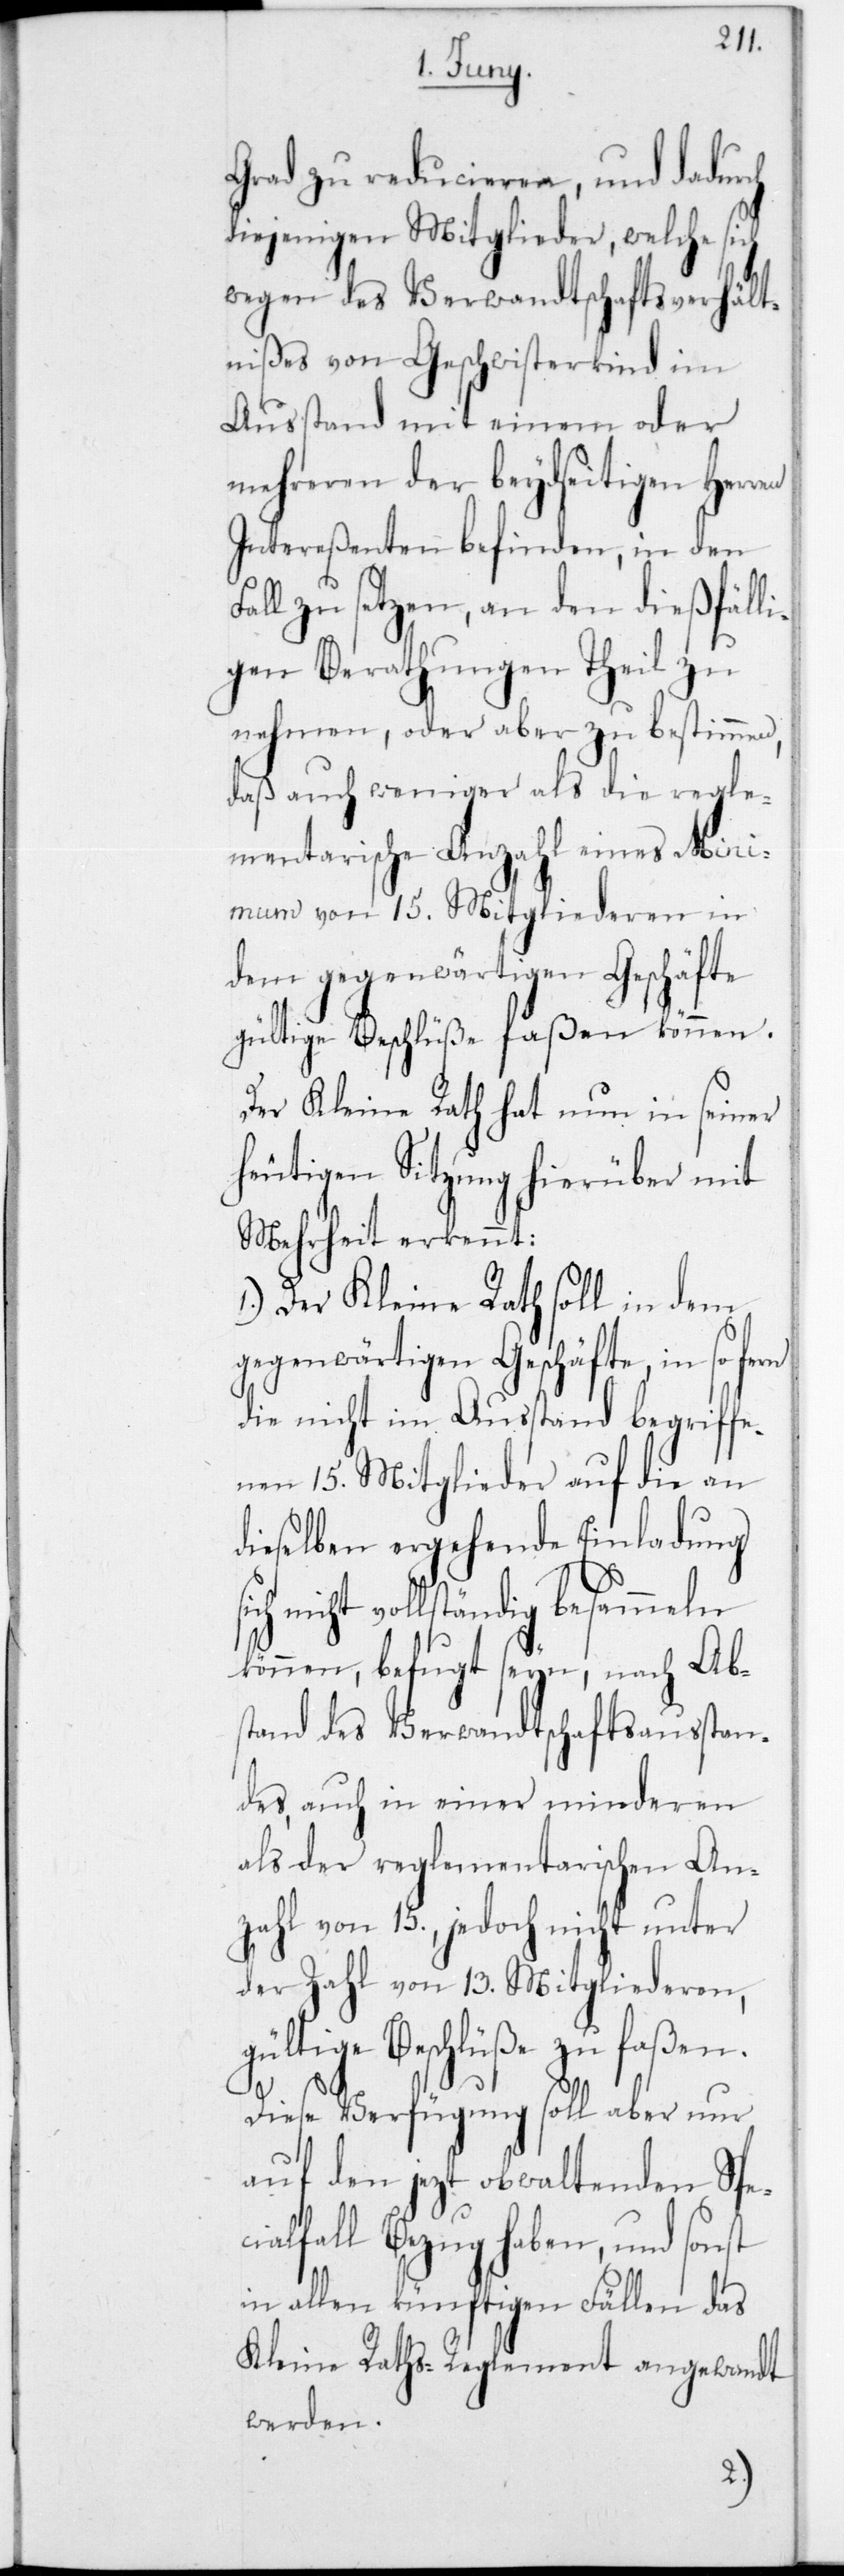
Grad zu reducieren, und dadurch
diejenigen Mitglieder, welche sich
wegen des Verwandtschaftsverhält¬
nißes von Geschwisterkind im
Ausstand mit einem oder
mehreren der beydseitigen Herren
Intereßenten befinden, in den
Fall zu setzen, an den dießfälli¬
gen Berathungen Theil zu
nehmen, oder aber zu bestimmen,
daß auch weniger als die regle¬
mentarische Anzahl eines Mini¬
mum von 15 Mitgliederen in
dem gegenwärtigen Geschäfte
gültige Beschlüße faßen können.
Der kleine Rath hat nun in seiner
heutigen Sitzung hierüber mit
Mehrheit erkennt:
Der Kleine Rath soll in dem
gegenwärtigen Geschäfte, in so fern
die nicht im Ausstand begriffe¬
nen 15 Mitglieder auf die an
dieselben ergehende Einladung
nicht vollständig besammeln
können, befugt seyn, nach Ab¬
stand des Verwandtschaftsfausstan¬
des, auch in einer minderen
als der reglementarischen An¬
zahl von 15, jedoch nicht unter
der Zahl von 13 Mitgliederen,
gültige Beschlüße zu faßen.
Diese Verfügung soll aber nur
auf den jetzt obwaltenden Spe¬
cialfall Bezug haben, und sonst
in allen künftigen Fällen das
Kleine Raths-Reglement angewandt
werden.
1.)